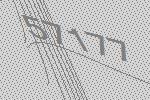
57177